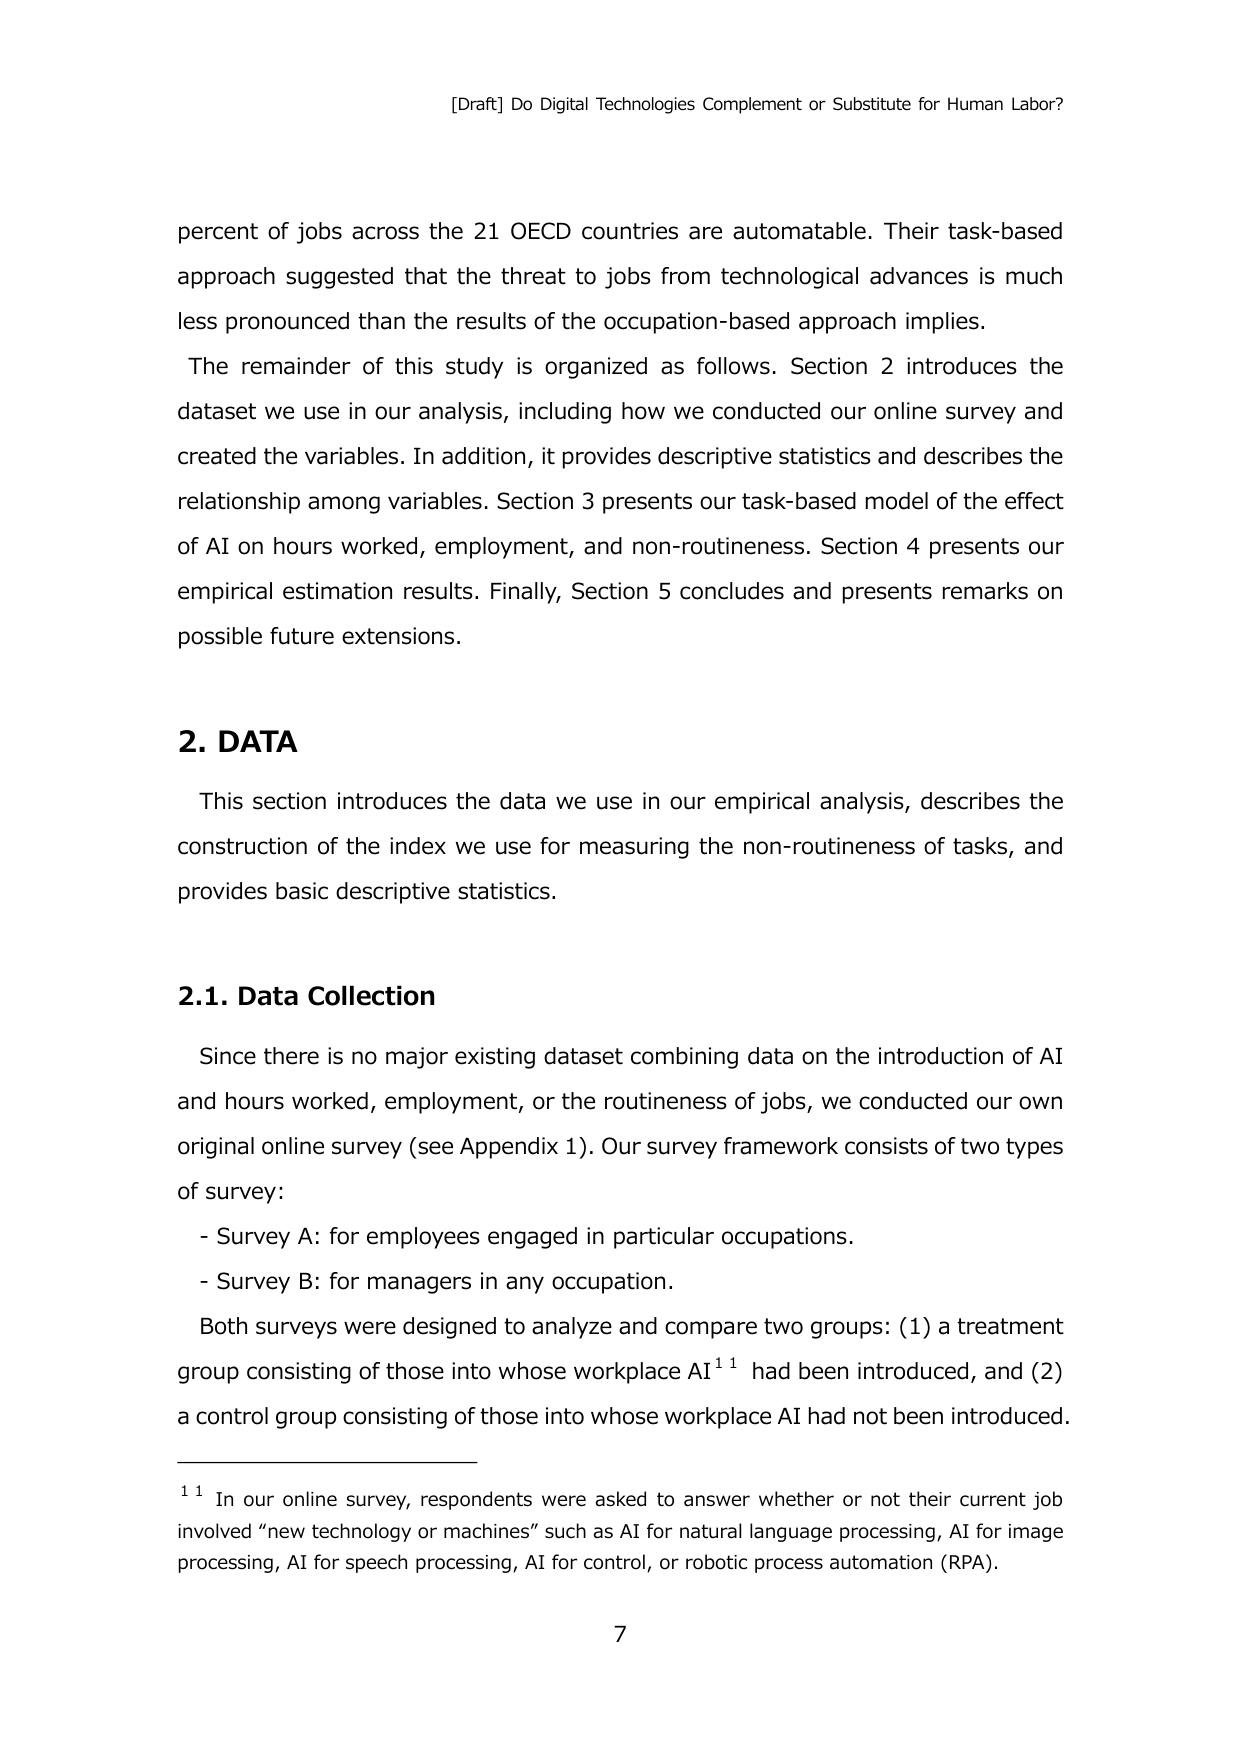
[Draft] Do Digital Technologies Complement or Substitute for Human Labor?

percent of jobs across the 21 OECD countries are automatable. Their task-based approach suggested that the threat to jobs from technological advances is much less pronounced than the results of the occupation-based approach implies.

The remainder of this study is organized as follows. Section 2 introduces the dataset we use in our analysis, including how we conducted our online survey and created the variables. In addition, it provides descriptive statistics and describes the relationship among variables. Section 3 presents our task-based model of the effect of AI on hours worked, employment, and non-routineness. Section 4 presents our empirical estimation results. Finally, Section 5 concludes and presents remarks on possible future extensions.

2. DATA

This section introduces the data we use in our empirical analysis, describes the construction of the index we use for measuring the non-routineness of tasks, and provides basic descriptive statistics.

2.1. Data Collection

Since there is no major existing dataset combining data on the introduction of AI and hours worked, employment, or the routineness of jobs, we conducted our own original online survey (see Appendix 1). Our survey framework consists of two types of survey:

- Survey A: for employees engaged in particular occupations.
- Survey B: for managers in any occupation.

Both surveys were designed to analyze and compare two groups: (1) a treatment group consisting of those into whose workplace AI¹¹ had been introduced, and (2) a control group consisting of those into whose workplace AI had not been introduced.

¹¹ In our online survey, respondents were asked to answer whether or not their current job involved “new technology or machines” such as AI for natural language processing, AI for image processing, AI for speech processing, AI for control, or robotic process automation (RPA).

7